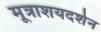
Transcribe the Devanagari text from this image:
मूत्राशयदर्शन